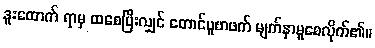
ဒူးထောက် ရာမှ ထစေပြီးလျှင် တောင်ပူစာဖက် မျက်နှာမူစေလိုက်၏။